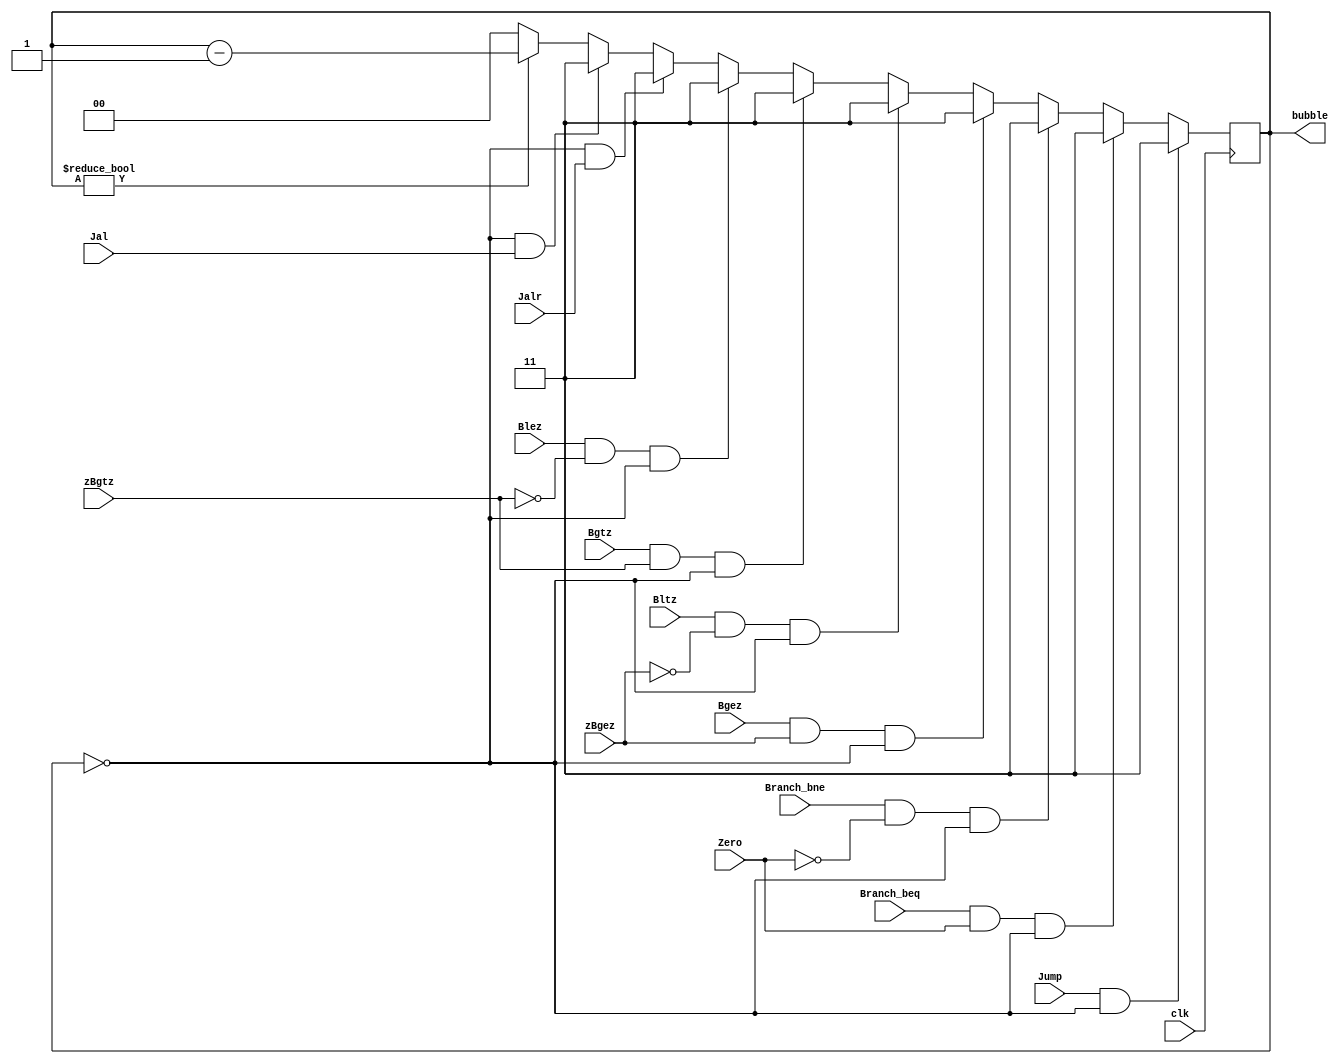
module contr_hazar(
		input clk,
		input Jump,
		input Branch_beq,
		input Branch_bne,
		input Zero,
		input Bgez,
		input Bgtz,
		input Blez,
		input Bltz,
		input zBgez,
		input zBgtz,
		input Jalr,
		input Jal,
		
		output reg[1:0] bubble
    );


	 initial
		bubble = 0;

	always @(posedge clk)
	begin
		if(Jump && bubble == 0) bubble = 3;
		else if(Branch_beq && Zero && bubble == 0) bubble = 3;
		else if(Branch_bne && !Zero && bubble == 0)  bubble = 3;
		else if(Bgez && zBgez && bubble == 0) bubble = 3;
		else if(Bltz && !zBgez && bubble == 0) bubble = 3;
		else if(Bgtz && zBgtz && bubble == 0) bubble = 3;
		else if(Blez && !zBgtz && bubble == 0) bubble = 3;	
		else if(bubble == 0 && Jalr) bubble = 3;
		else if(bubble == 0 && Jal) bubble = 3;
		else if(bubble != 2'b00) bubble = bubble - 1;
		else bubble = 0;
	end
	
endmodule